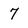
Character: 7